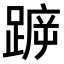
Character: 𨂫